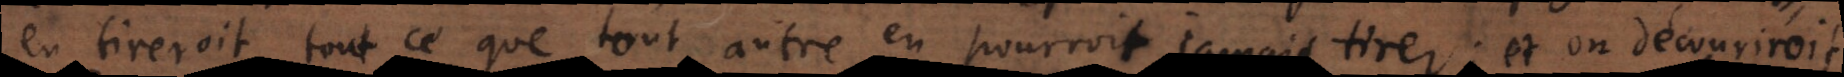
n tireroit tout ce que tout autre en pourroit jamais tirer; et on découvriroit